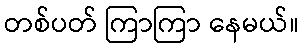
တစ်ပတ် ကြာကြာ နေမယ်။